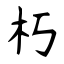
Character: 朽